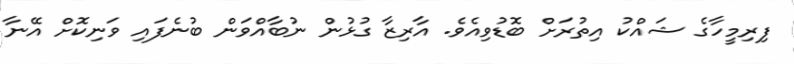
ފިރިމީހާގެ ޝައްކު އިތުރަށް ބޮޑުވިއެވެ. އާރިޒާ ގުޅުން ނުބާއްވަން ބުނެފައި ވަނިކޮށް އޭނާ